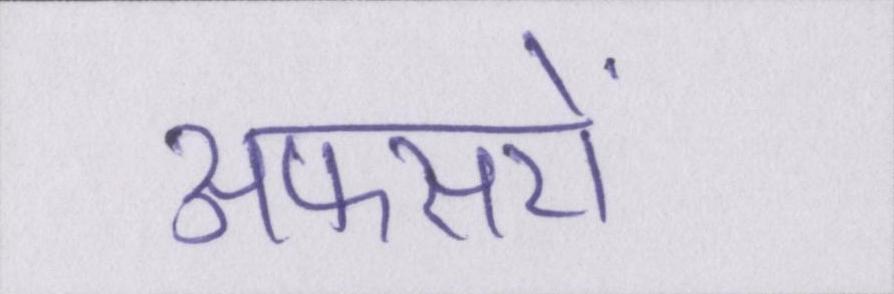
अफसरों